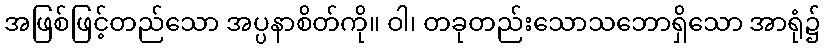
အဖြစ်ဖြင့်တည်သော အပ္ပနာစိတ်ကို။ ဝါ၊ တခုတည်းသောသဘောရှိသော အာရုံ၌